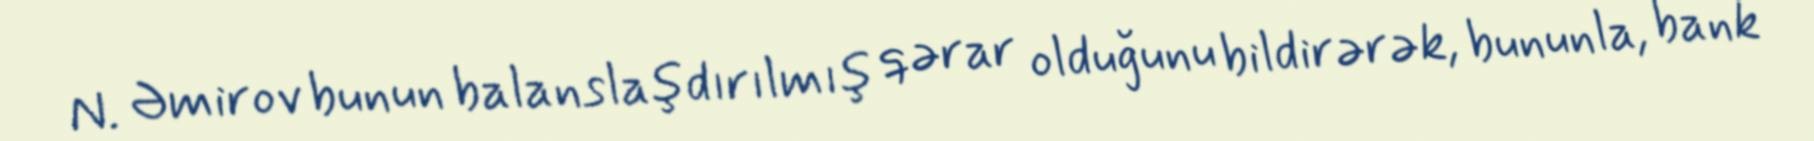
N. Əmirov bunun balanslaşdırılmış qərar olduğunu bildirərək, bununla, bank